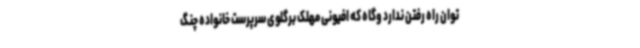
توان راه رفتن ندارد وگاه که افیونی مهلک برگلوی سرپرست خانواده چنگ